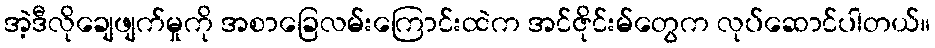
အဲ့ဒီလိုချေဖျက်မှုကို အစာခြေလမ်းကြောင်းထဲက အင်ဇိုင်းမ်တွေက လုပ်ဆောင်ပါတယ်။